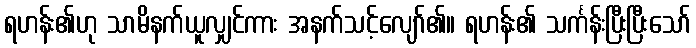
ရဟန်း၏ဟု သာမိနက်ယူလျှင်ကား အနက်သင့်လျော်၏။ ရဟန်း၏ သင်္ကန်းပြီးပြီးသော်